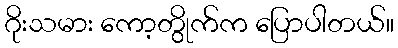
ဂိုးသမား ကော့တွိုက်က ပြောပါတယ်။